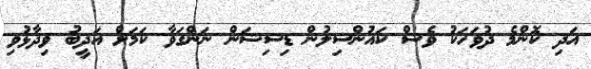
އަދި ކޮންމެ ދުވަހަކު ވެސް ކައުންސިލުން ޑިސިޝަން ނަންގަވާ ކަމަށް އަދީބު ވިދާޅުވި